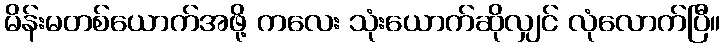
မိန်းမတစ်ယောက်အဖို့ ကလေး သုံးယောက်ဆိုလျှင် လုံလောက်ပြီ။